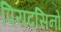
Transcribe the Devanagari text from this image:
पियदसिनो